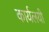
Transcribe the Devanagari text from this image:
कार्यलयी